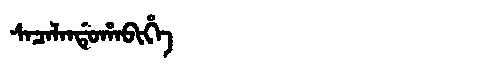
Manchu: ᠰᠠᠴᠠᠯᠠᠨᡩᡠᡥᠠᠪᡳᡥᡝ
Romanization: SACALANDUHABIHE